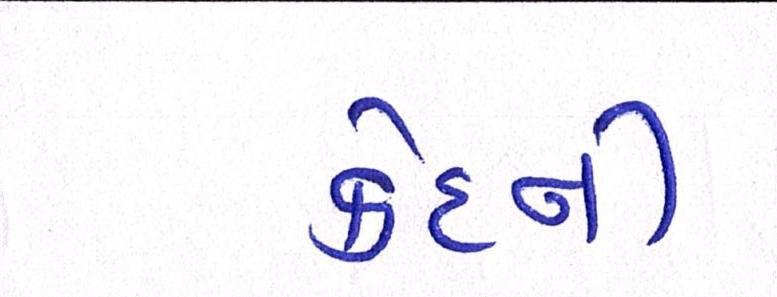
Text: કેદની